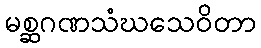
မစ္ဆဂဏသံဃသေဝိတာ